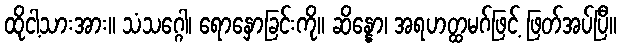
ထိုငါ့သားအား။ သံသဂ္ဂေါ၊ ရောနှောခြင်းကို။ ဆိန္နော၊ အရဟတ္ထမဂ်ဖြင့် ဖြတ်အပ်ပြီ။